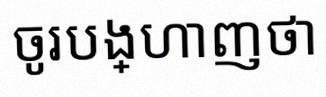
ចូរបង្ហាញថា